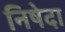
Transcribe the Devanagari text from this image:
निषेदा